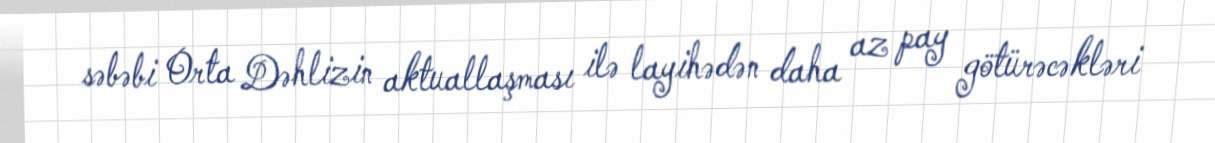
səbəbi Orta Dəhlizin aktuallaşması ilə layihədən daha az pay götürəcəkləri